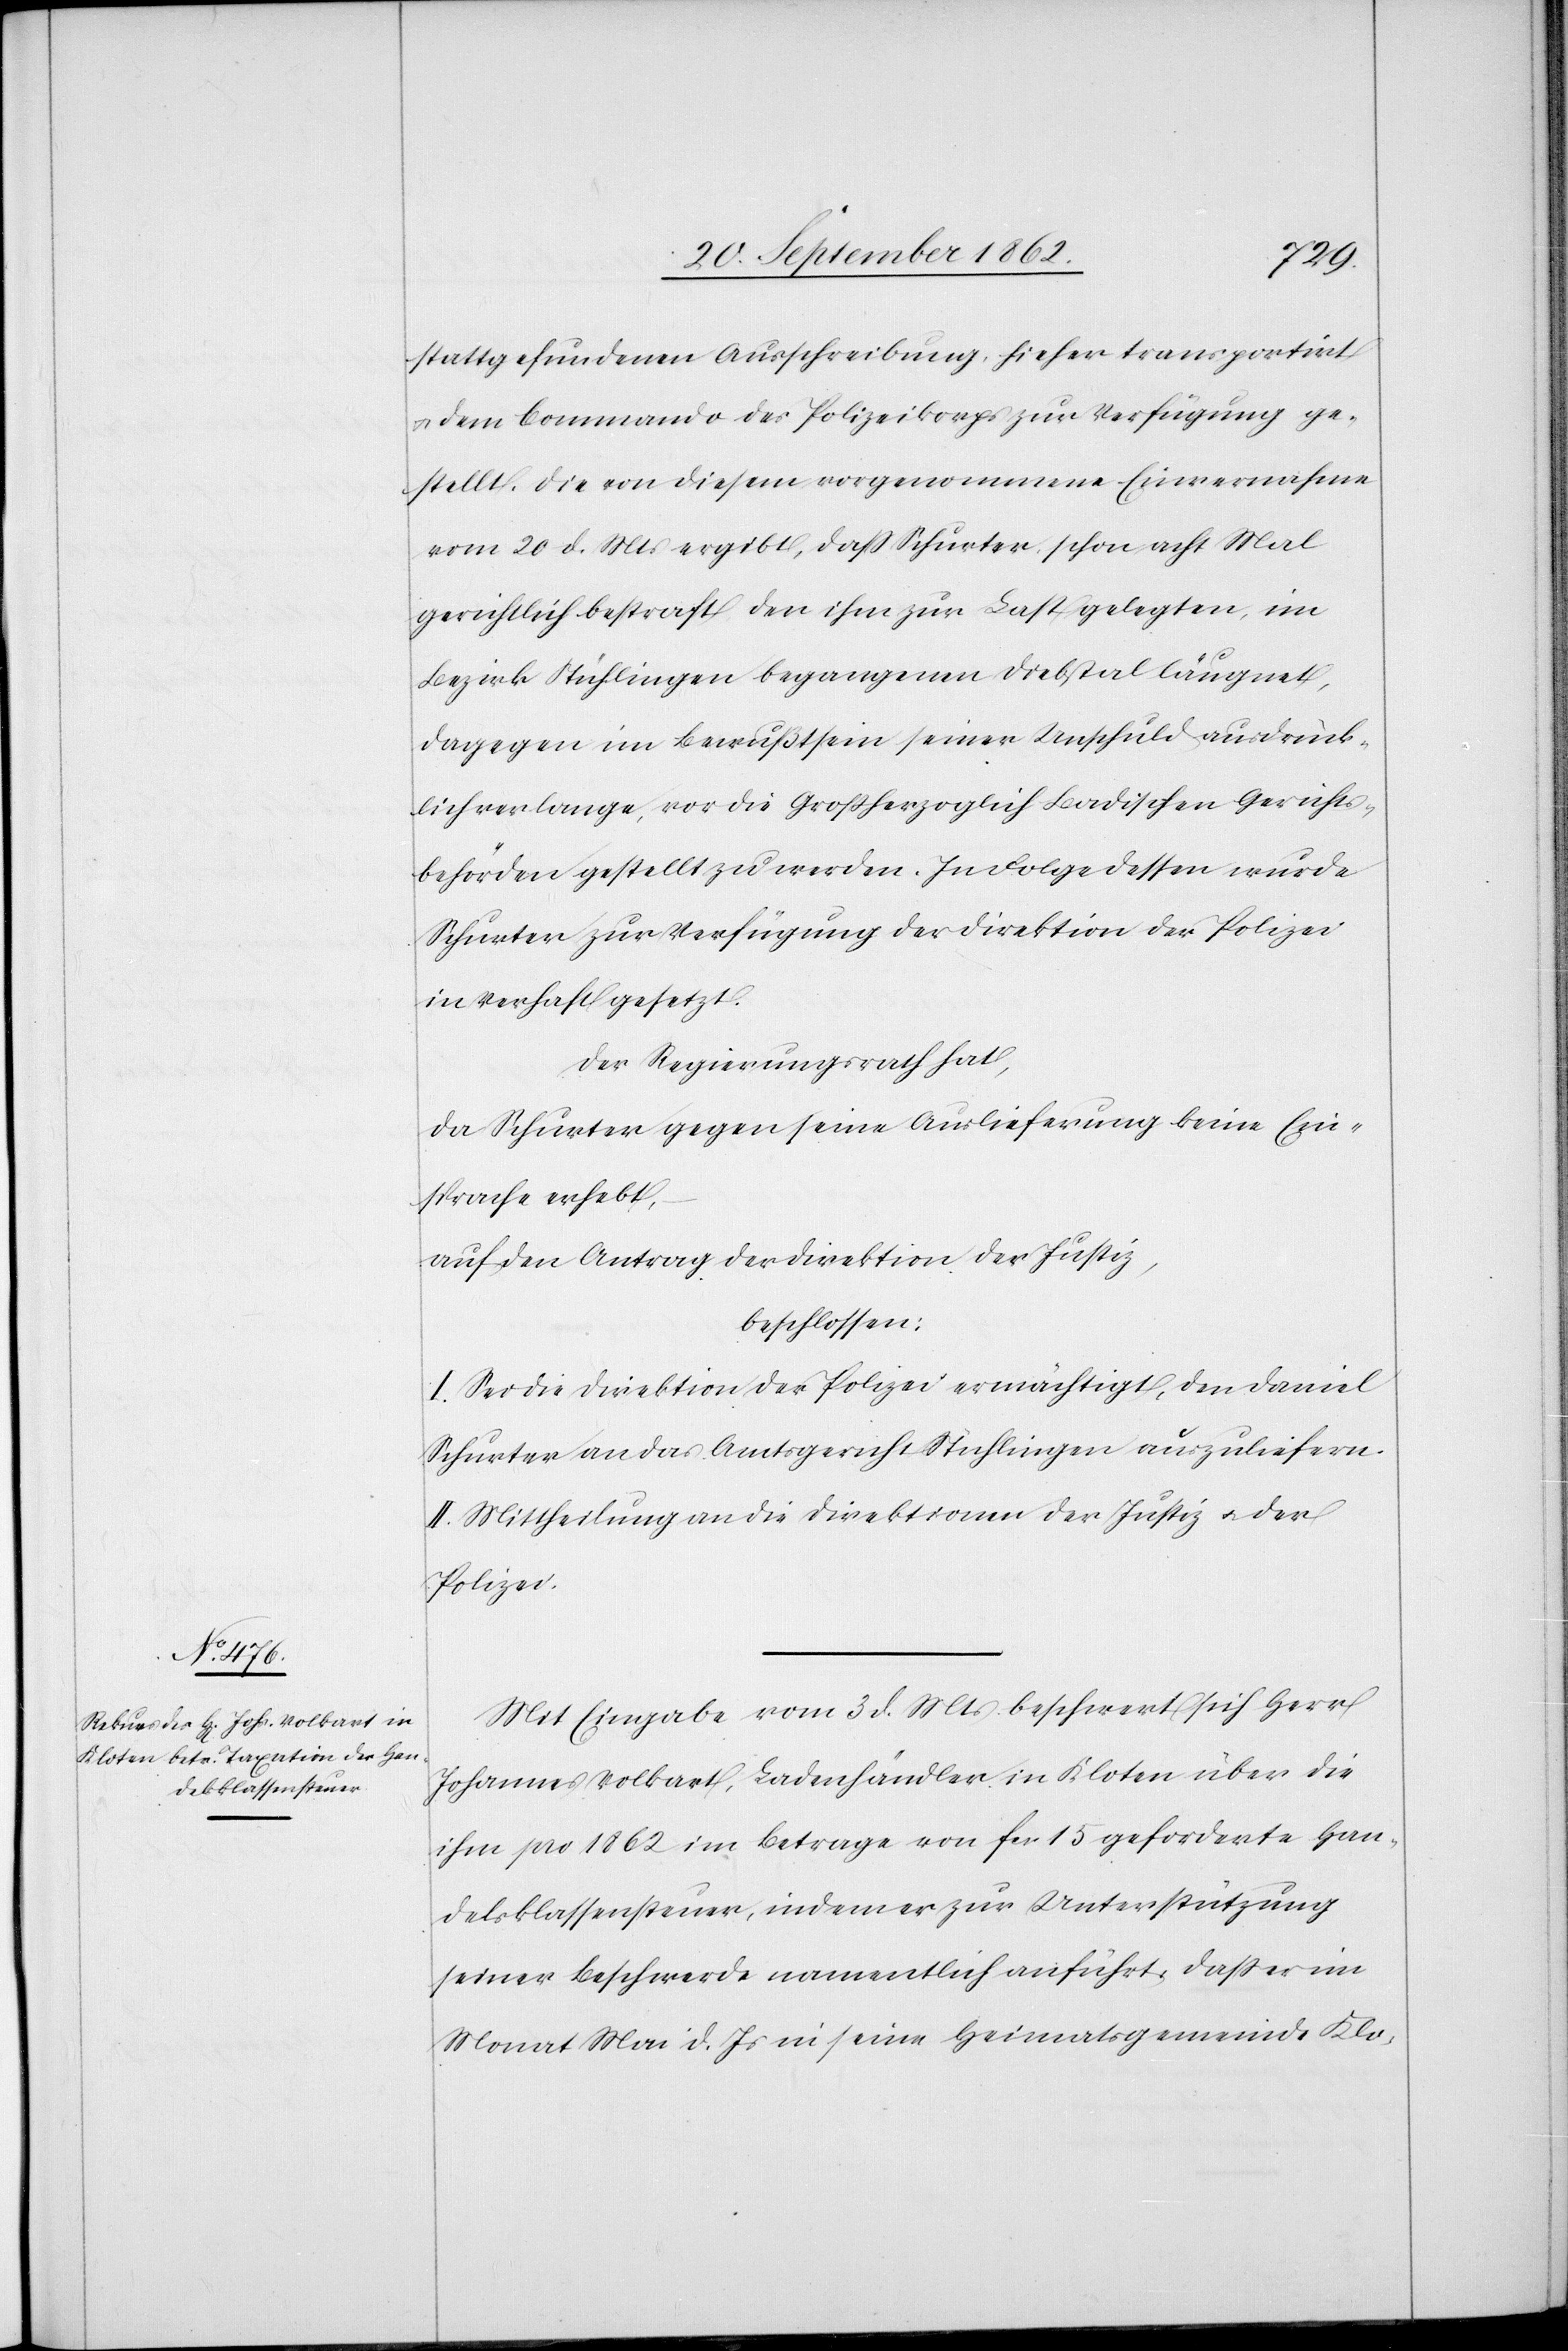
stattgefundenen Ausschreibung, hieher transportirt
u. dem Commando des Polizeikorps zur Verfügung ge¬
stellt. Die von diesem vorgenommene Einvernahme
vom 20. d. Mts. ergibt, daß Schurter, schon acht Mal
gerichtlich bestraft den ihm zur Last gelegten, im
Bezirk Stühlingen begangenen Diebstal läugnet,
dagegen im Bewußtsein seiner Unschuld ausdrück¬
lich verlange, vor die Großherzoglich Badischen Gerichts¬
behören gestellt zu werden. In Folge dessen wurde
Schurter zur Verfügung der Direktion der Polizei
in Verhaft gesetzt.
Der Regierungsrath hat,
da Schurter gegen seine Auslieferung keine Ein¬
sprache erhebt,
auf den Antrag der Direktion der Justiz,
beschlossen:
I. Sei die Direktion der Polizei ermächtigt, den Daniel
Schurter an das Amtsgericht Stühlingen auszuliefern.
II. Mittheilung an die Direktionen der Justiz u. der
Polizei.
Mit Eingabe vom 3. d. Mts. beschwert sich Herr
Johannes Volkart, Ladenhändler in Kloten über die
ihm pro 1862 im Betrage von fcs. 15 geforderte Han¬
delsklassensteuer, indem er zur Unterstützung
seiner Beschwerde namentlich anführt, daß er im
Monat Mai d. Js. in seine Heimatsgemeinde Klo-